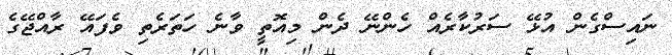
ނައިސްގެން އުޅޭ ސަރުކާރެއް ހެންނޭ ދެން މިއޮތީ ވާނެ ހަތަރެތި ވެފައޭ ރާއްޖޭގެ